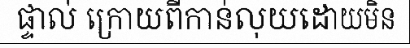
ផ្ទាល់ ក្រោយពីកាន់លុយដោយមិន